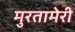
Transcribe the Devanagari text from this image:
मुरतामेरी